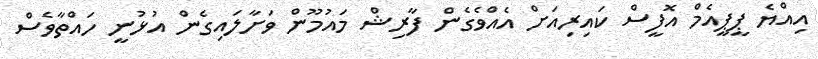
އިއްޔެ ޕީޕީއެމް އޮފީސް ކައިރިއަށް އެއްވެގެން ފާރިޝް މައުމޫން ވަށާލައިގެން އުޅުނީ ހައްތާވެސް